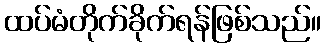
ထပ်မံတိုက်ခိုက်ရန်ဖြစ်သည်။